Annual administration and progress report of the Indian Medical Department, Bombay
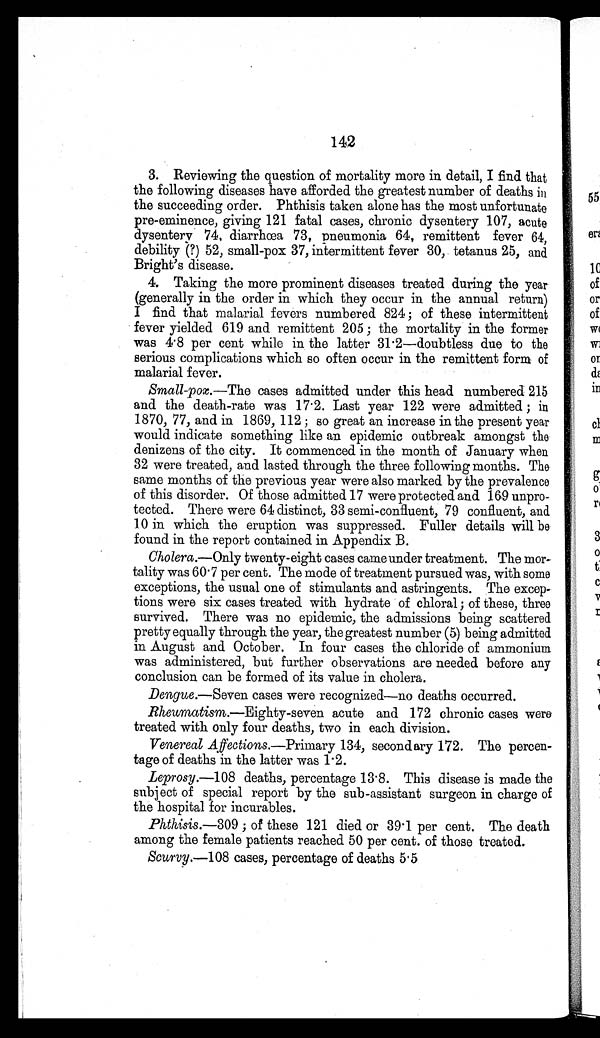
142
3. Reviewing the question of mortality more in detail, I find that
the following diseases have afforded the greatest number of deaths in
the succeeding order. Phthisis taken alone has the most unfortunate
pre-eminence, giving 121 fatal cases, chronic dysentery 107, acute
dysentery 74, diarrhoea 73, pneumonia 64, remittent fever 64,
debility (?) 52, small-pox 37, intermittent fever 30, tetanus 25, and
Bright's disease.
4. Taking the more prominent diseases treated during the year
(generally in the order in which they occur in the annual return)
I find that malarial fevers numbered 824 ; of these intermittent
fever yielded 619 and remittent 205 ; the mortality in the former
was 4.8 per cent while in the latter 31.2—doubtless due to the
serious complications which so often occur in the remittent form of
malarial fever.
Small-pox.— The cases admitted under this head numbered 215
and the death-rate was 17.2. Last year 122 were admitted ; in
1870, 77, and in 1869, 112 ; so great an increase in the present year
would indicate something like an epidemic outbreak amongst the
denizens of the city. It commenced in the month of January when
32 were treated, and lasted through the three following months. The
same months of the previous year were also marked by the prevalence
of this disorder. Of those admitted 17 were protected and 169 unpro
-tected. There were 64 distinct, 33 semi-confluent, 79 confluent, and
10 in which the eruption was suppressed. Fuller details will be
found in the report contained in Appendix B.
Cholera.— Only twenty-eight cases came under treatment. The mor
-tality was 60.7 per cent. The mode of treatment pursued was, with some
exceptions, the usual one of stimulants and astringents. The excep
-tions were six cases treated with hydrate of chloral ; of these, three
survived. There was no epidemic, the admissions being scattered
pretty equally through the year, the greatest number (5) being admitted
in August and October. In four cases the chloride of ammonium
was administered, but further observations are needed before any
conclusion can be formed of its value in cholera.
Dengue.— Seven cases were recognized—no deaths occurred.
Rheumatism.— Eighty-seven acute and 172 chronic cases were
treated with only four deaths, two in each division.
Venereal Affections.— Primary 134, secondary 172. The percen-
tage of deaths in the latter was 1.2.
Leprosy.— 108 deaths, percentage 13.8. This disease is made the
subject of special report by the sub-assistant surgeon in charge of
the hospital for incurables.
Phthisis.— 309 ; of these 121 died or 39.1 per cent. The death
among the female patients reached 50 per cent. of those treated.
Scurvy.— 108 cases, percentage of deaths 5.5